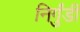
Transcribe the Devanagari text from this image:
निर्गुंडी